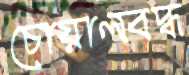
চোয়ালবদ্ধ